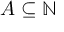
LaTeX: A \subseteq \mathbb { N }